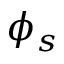
\phi _ { s }